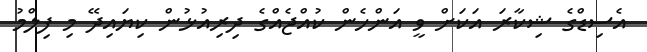
އެސިޑްގެ ޝިކާރަ އަކަށް ވީ އަންހެން ކުއްޖެއްގެ ދިރިއުޅުން ކިޔައިދޭ މި ފިލްމު